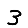
Digit: 3